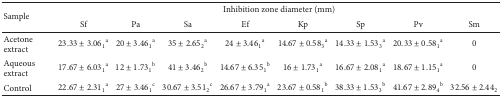
| <ROWSPAN=2> Sample | <COLSPAN=8> Inhibition zone diameter (mm) |
 | Sf | Pa | Sa | Ef | Kp | Sp | Pv | Sm |
 | --- | --- | --- | --- | --- | --- | --- | --- | --- |
 | Acetone extract | 23.33 ± 3.061a | 20 ± 3.461a | 35 ± 2.652a | 24 ± 3.461a | 14.67 ± 0.583a | 14.33 ± 1.533a | 20.33 ± 0.581a | 0 |
 | Aqueous extract | 17.67 ± 6.031a | 12 ± 1.731b | 41 ± 3.462b | 14.67 ± 6.351b | 16 ± 1.731a | 16.67 ± 2.081a | 18.67 ± 1.151a | 0 |
 | Control | 22.67 ± 2.311a | 27 ± 3.461c | 30.67 ± 3.512c | 26.67 ± 3.791a | 23.67 ± 0.581b | 38.33 ± 1.533b | 41.67 ± 2.894b | 32.56 ± 2.442 |